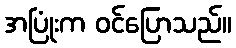
အပြုံးက ဝင်ပြောသည်။